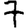
Digit: 7